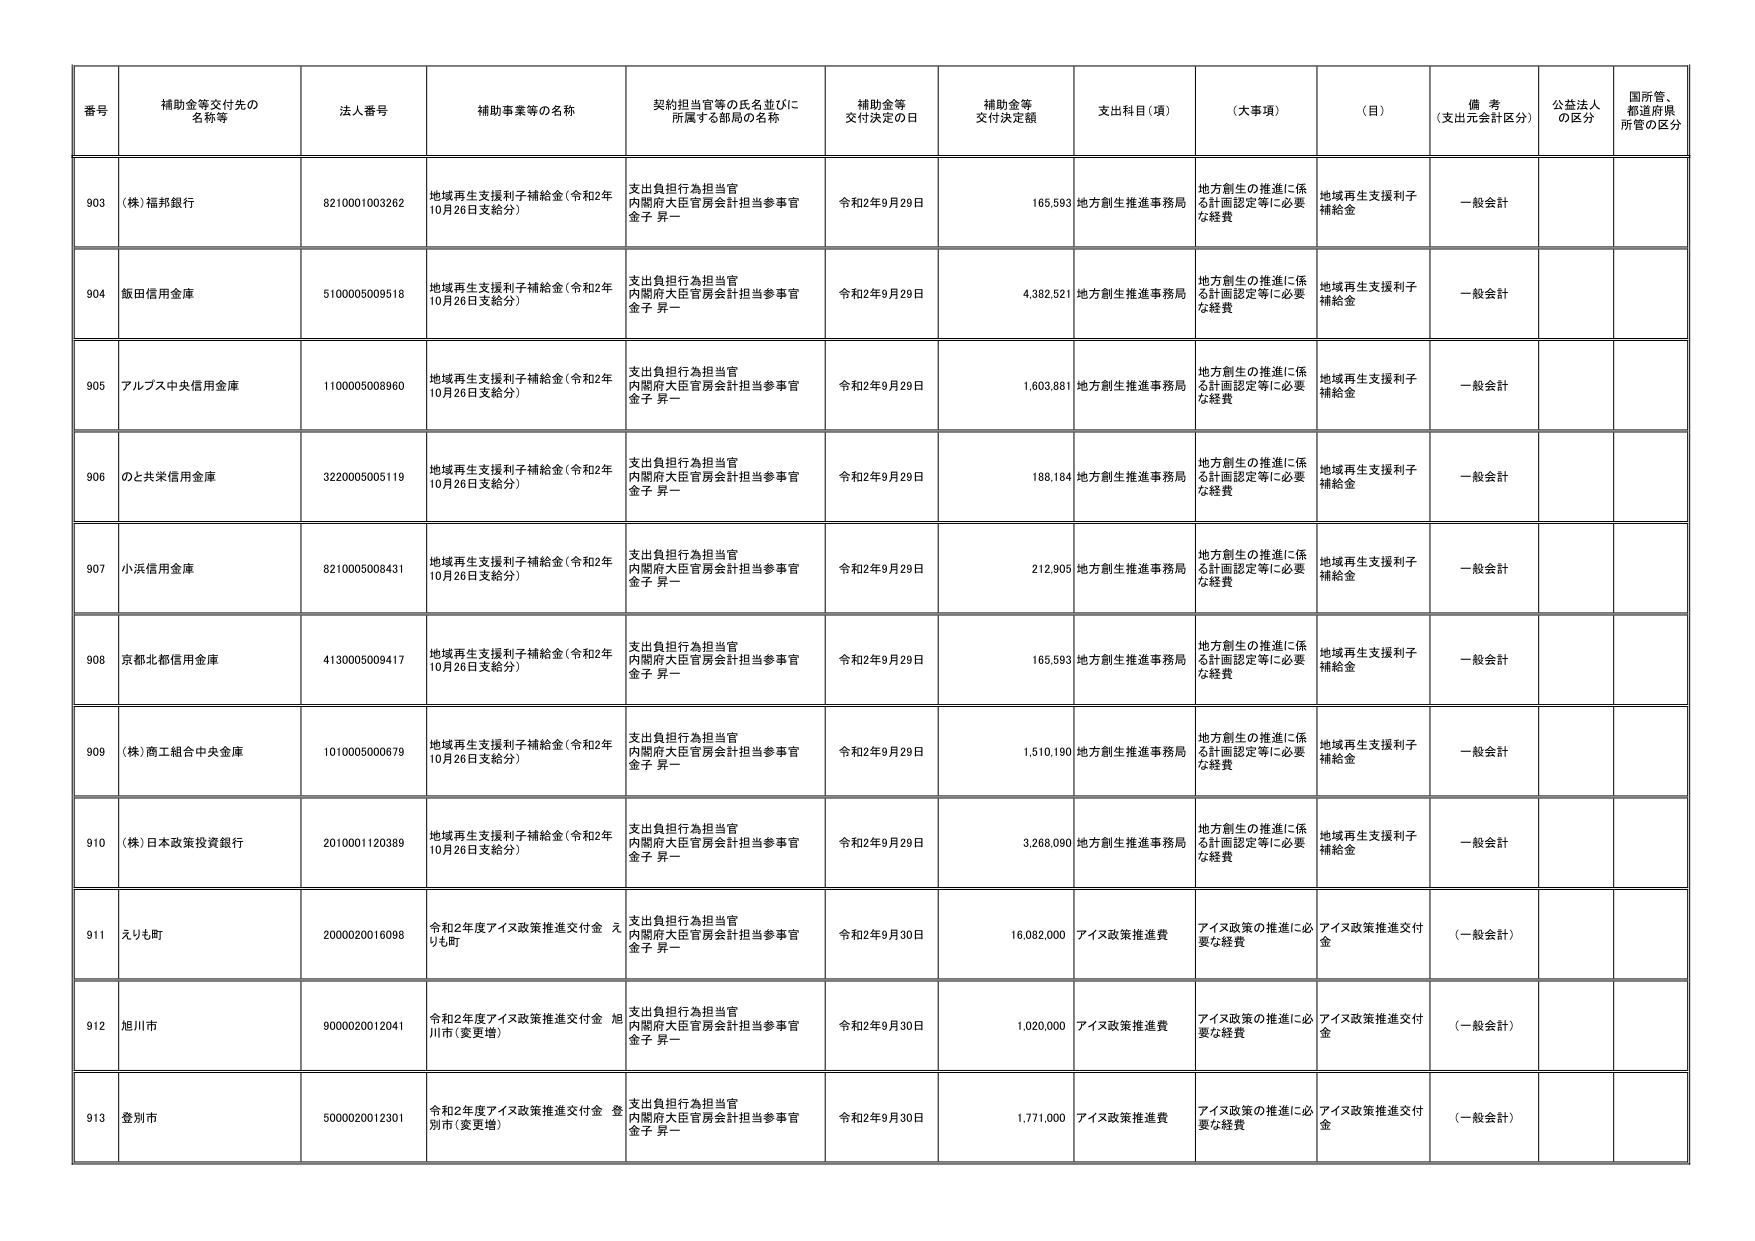
番号 補助金等交付先の名称等 法人番号 補助事業等の名称 契約担当官等の氏名並びに所属する部局の名称 補助金等交付決定の日 補助金等交付決定額 支出科目（項） （大事項） （目） 備考（支出元会計区分） 公益法人の区分 国所管、都道府県所管の区分

903 （株）福邦銀行 8210001003262 地域再生支援利子補給金（令和2年10月26日支給分） 支出負担行為担当官 内閣府大臣官房会計担当参事官 金子 昇一 令和2年9月29日 165,593 地方創生推進事務局 地方創生の推進に係る計画認定等に必要な経費 地域再生支援利子補給金 一般会計

904 飯田信用金庫 5100005009518 地域再生支援利子補給金（令和2年10月26日支給分） 支出負担行為担当官 内閣府大臣官房会計担当参事官 金子 昇一 令和2年9月29日 4,382,521 地方創生推進事務局 地方創生の推進に係る計画認定等に必要な経費 地域再生支援利子補給金 一般会計

905 アルプス中央信用金庫 1100005008960 地域再生支援利子補給金（令和2年10月26日支給分） 支出負担行為担当官 内閣府大臣官房会計担当参事官 金子 昇一 令和2年9月29日 1,603,881 地方創生推進事務局 地方創生の推進に係る計画認定等に必要な経費 地域再生支援利子補給金 一般会計

906 のと共栄信用金庫 3220005005119 地域再生支援利子補給金（令和2年10月26日支給分） 支出負担行為担当官 内閣府大臣官房会計担当参事官 金子 昇一 令和2年9月29日 188,184 地方創生推進事務局 地方創生の推進に係る計画認定等に必要な経費 地域再生支援利子補給金 一般会計

907 小浜信用金庫 8210005008431 地域再生支援利子補給金（令和2年10月26日支給分） 支出負担行為担当官 内閣府大臣官房会計担当参事官 金子 昇一 令和2年9月29日 212,905 地方創生推進事務局 地方創生の推進に係る計画認定等に必要な経費 地域再生支援利子補給金 一般会計

908 京都北都信用金庫 4130005009417 地域再生支援利子補給金（令和2年10月26日支給分） 支出負担行為担当官 内閣府大臣官房会計担当参事官 金子 昇一 令和2年9月29日 165,593 地方創生推進事務局 地方創生の推進に係る計画認定等に必要な経費 地域再生支援利子補給金 一般会計

909 （株）商工組合中央金庫 1010005000679 地域再生支援利子補給金（令和2年10月26日支給分） 支出負担行為担当官 内閣府大臣官房会計担当参事官 金子 昇一 令和2年9月29日 1,510,190 地方創生推進事務局 地方創生の推進に係る計画認定等に必要な経費 地域再生支援利子補給金 一般会計

910 （株）日本政策投資銀行 2010001120389 地域再生支援利子補給金（令和2年10月26日支給分） 支出負担行為担当官 内閣府大臣官房会計担当参事官 金子 昇一 令和2年9月29日 3,268,090 地方創生推進事務局 地方創生の推進に係る計画認定等に必要な経費 地域再生支援利子補給金 一般会計

911 えりも町 2000020016098 令和2年度アイヌ政策推進交付金 えりも町 支出負担行為担当官 内閣府大臣官房会計担当参事官 金子 昇一 令和2年9月30日 16,082,000 アイヌ政策推進費 アイヌ政策の推進に必要な経費 アイヌ政策推進交付金 （一般会計）

912 旭川市 9000020012041 令和2年度アイヌ政策推進交付金 旭川市（変更増） 支出負担行為担当官 内閣府大臣官房会計担当参事官 金子 昇一 令和2年9月30日 1,020,000 アイヌ政策推進費 アイヌ政策の推進に必要な経費 アイヌ政策推進交付金 （一般会計）

913 登別市 5000020012301 令和2年度アイヌ政策推進交付金 登別市（変更増） 支出負担行為担当官 内閣府大臣官房会計担当参事官 金子 昇一 令和2年9月30日 1,771,000 アイヌ政策推進費 アイヌ政策の推進に必要な経費 アイヌ政策推進交付金 （一般会計）